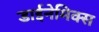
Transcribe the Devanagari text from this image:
डाईनेमिक्स